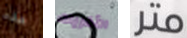
هذه الأخريات متر